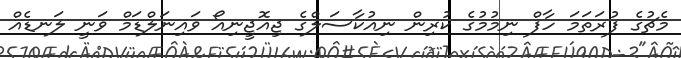
މެޗުގެ ފުރަތަމަ ހާފް ނިމުމުގެ ކުރިން ނިއުކާސަލްގެ ޖިއޮޖީނިއޯ ވައިނަލްޑަމް ވަނީ ލަނޑެއް